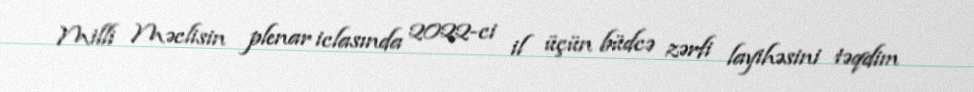
Milli Məclisin plenar iclasında 2022-ci il üçün büdcə zərfi layihəsini təqdim